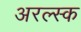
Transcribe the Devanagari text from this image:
अरल्स्क